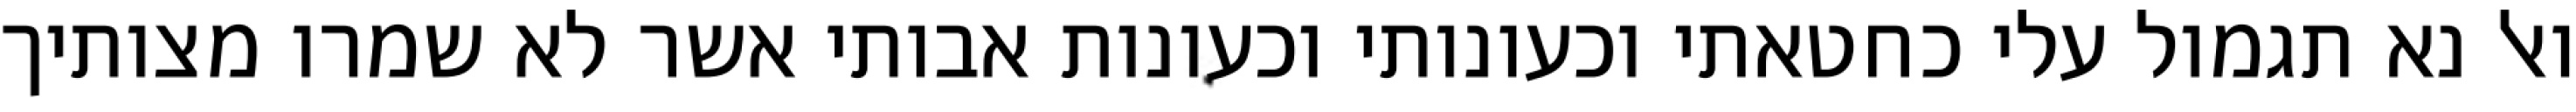
ואל נא תגמול עלי כחטאתי וכעונותי וכעונות אבותי אשר לא שמרו מצותיך